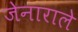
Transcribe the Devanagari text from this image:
जेनाराले